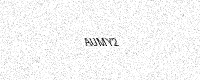
Text: AUMY2